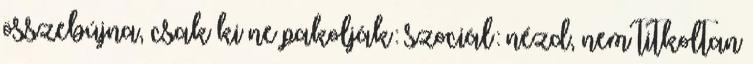
összebújna, csak ki ne pakolják: szociál: nézd, nem titkoltan